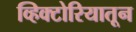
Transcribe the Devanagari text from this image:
व्हिक्टोरियातून